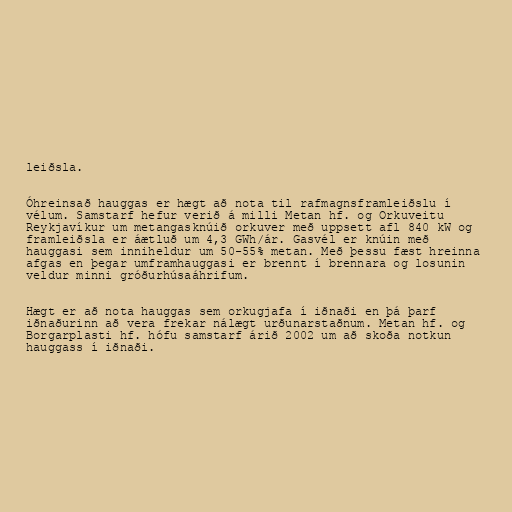
leiðsla.

Óhreinsað hauggas er hægt að nota til rafmagnsframleiðslu í
vélum. Samstarf hefur verið á milli Metan hf. og Orkuveitu
Reykjavíkur um metangasknúið orkuver með uppsett afl 840 kW og
framleiðsla er áætluð um 4,3 GWh/ár. Gasvél er knúin með
hauggasi sem inniheldur um 50-55% metan. Með þessu fæst hreinna
afgas en þegar umframhauggasi er brennt í brennara og losunin
veldur minni gróðurhúsaáhrifum.

Hægt er að nota hauggas sem orkugjafa í iðnaði en þá þarf
iðnaðurinn að vera frekar nálægt urðunarstaðnum. Metan hf. og
Borgarplasti hf. hófu samstarf árið 2002 um að skoða notkun
hauggass í iðnaði.